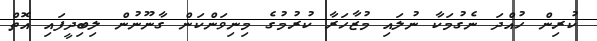
ކުރިން ހުއްދަ ނެގުމަކާ ނުލައި މުޒާހަރާ ކުރުމުގެ މިނިވަންކަން ގާނޫނުން ލިބިދީފައި އޮތް